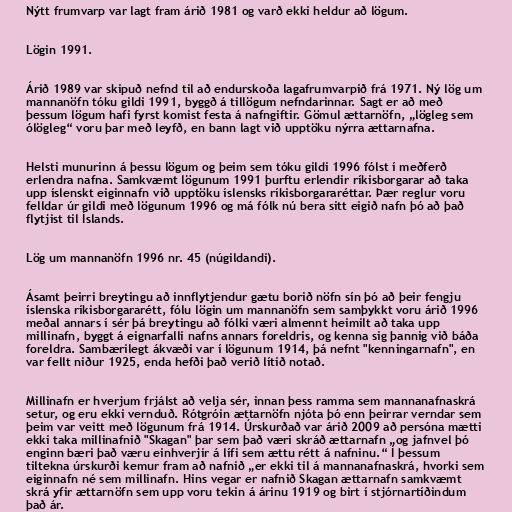
Nýtt frumvarp var lagt fram árið 1981 og varð ekki heldur að lögum.

Lögin 1991.

Árið 1989 var skipuð nefnd til að endurskoða lagafrumvarpið frá 1971. Ný lög um
mannanöfn tóku gildi 1991, byggð á tillögum nefndarinnar. Sagt er að með
þessum lögum hafi fyrst komist festa á nafngiftir. Gömul ættarnöfn, „lögleg sem
ólögleg“ voru þar með leyfð, en bann lagt við upptöku nýrra ættarnafna.

Helsti munurinn á þessu lögum og þeim sem tóku gildi 1996 fólst í meðferð
erlendra nafna. Samkvæmt lögunum 1991 þurftu erlendir ríkisborgarar að taka
upp íslenskt eiginnafn við upptöku íslensks ríkisborgararéttar. Þær reglur voru
felldar úr gildi með lögunum 1996 og má fólk nú bera sitt eigið nafn þó að það
flytjist til Íslands.

Lög um mannanöfn 1996 nr. 45 (núgildandi).

Ásamt þeirri breytingu að innflytjendur gætu borið nöfn sín þó að þeir fengju
íslenska ríkisborgararétt, fólu lögin um mannanöfn sem samþykkt voru árið 1996
meðal annars í sér þá breytingu að fólki væri almennt heimilt að taka upp
millinafn, byggt á eignarfalli nafns annars foreldris, og kenna sig þannig við báða
foreldra. Sambærilegt ákvæði var í lögunum 1914, þá nefnt "kenningarnafn", en
var fellt niður 1925, enda hefði það verið lítið notað.

Millinafn er hverjum frjálst að velja sér, innan þess ramma sem mannanafnaskrá
setur, og eru ekki vernduð. Rótgróin ættarnöfn njóta þó enn þeirrar verndar sem
þeim var veitt með lögunum frá 1914. Úrskurðað var árið 2009 að persóna mætti
ekki taka millinafnið "Skagan" þar sem það væri skráð ættarnafn „og jafnvel þó
enginn bæri það væru einhverjir á lífi sem ættu rétt á nafninu.“ Í þessum
tiltekna úrskurði kemur fram að nafnið „er ekki til á mannanafnaskrá, hvorki sem
eiginnafn né sem millinafn. Hins vegar er nafnið Skagan ættarnafn samkvæmt
skrá yfir ættarnöfn sem upp voru tekin á árinu 1919 og birt í stjórnartíðindum
það ár.